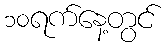
၁၀ရက်နေ့တွင်